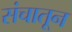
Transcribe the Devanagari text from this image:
संचातून